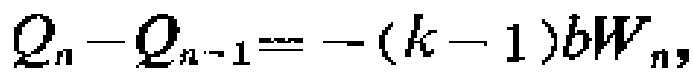
$Q_{n}-Q_{n - 1}=-(k - 1)bW_{n},$